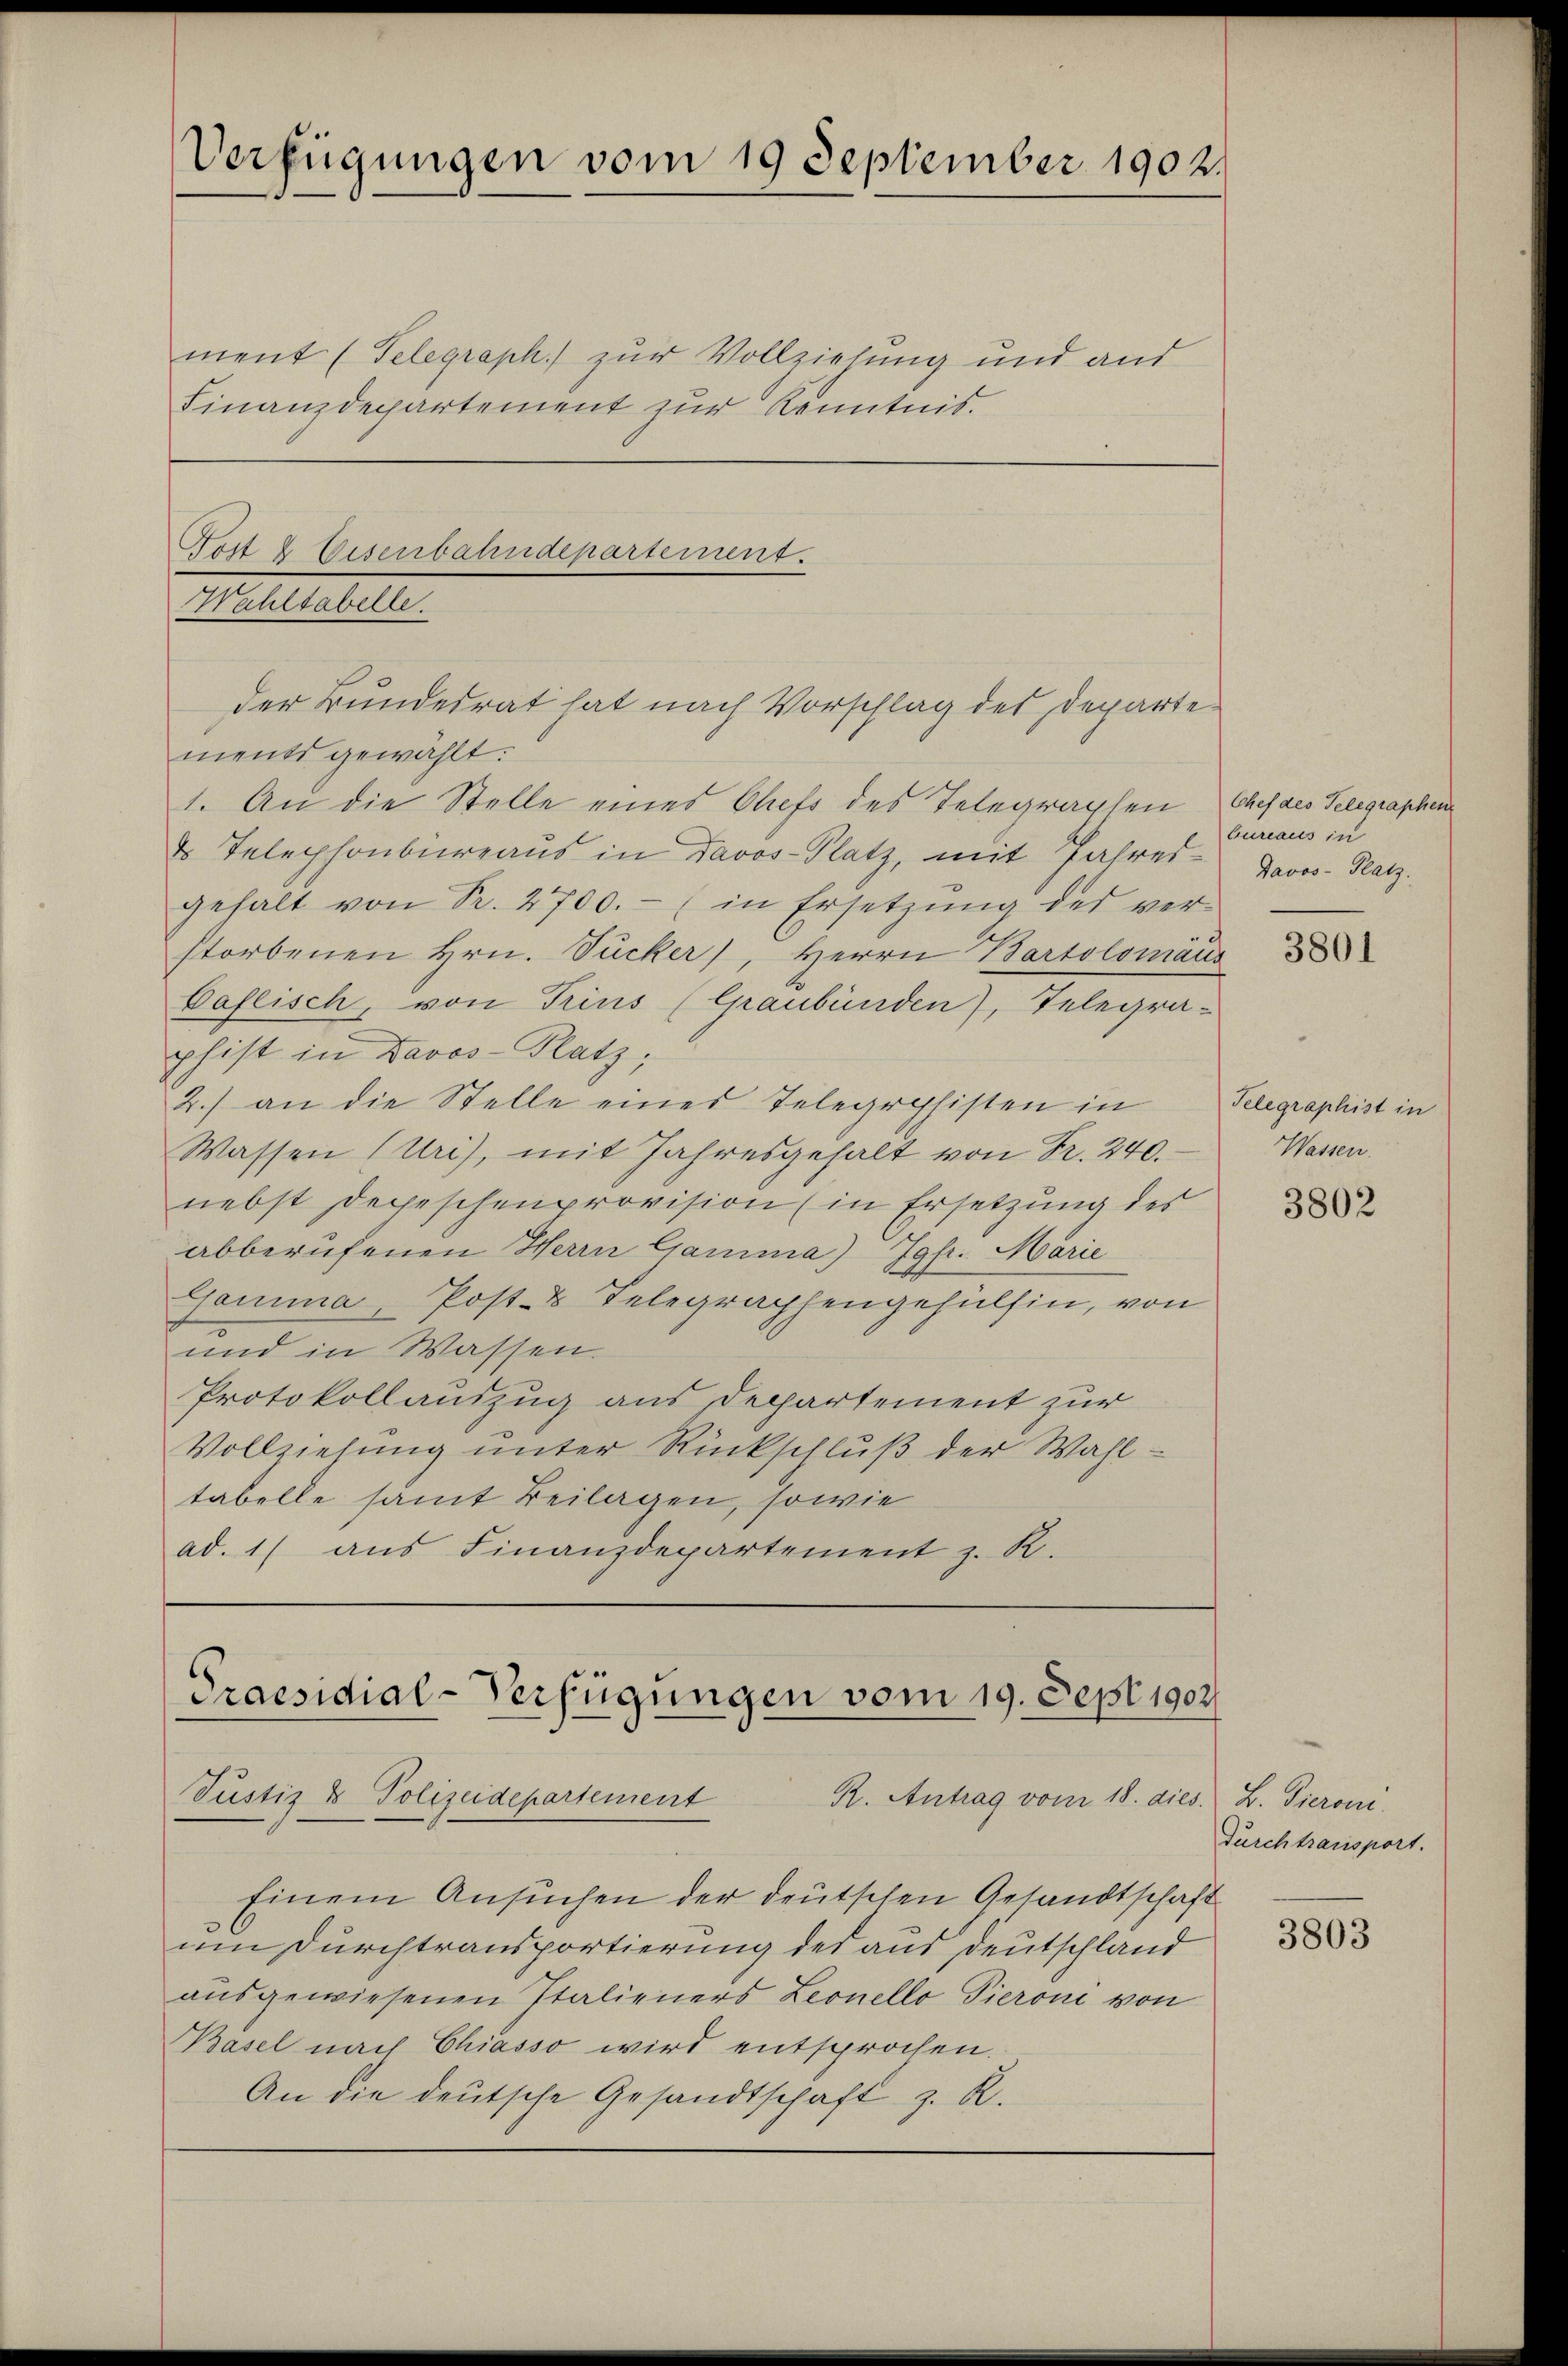
Verfügungen vom 19 September 1902.

ment (Telegraph zur Vollziehung und and
Finanzdepartement zur Kenntnis.

Post & Eisenbahndepartement.
Wahltabelle.
der Bundesrat hat nach Vorschlag des Departe

ments gewählt:
1. An die Stelle eines Chefs des Telegraphen
 Telephonbureaus in Davos- Platz, mit Jahres Davos- Platz.
gehalt von Fr. 2700.- (in Ersetzŭng des ver-
storbenen Hrn. Sucker, Herrn Bartolomäus
Daflisch, von Trins (Graubünden), Telegra-
phist in Davos- Platz,
2.) an die Stelle einer Telegraphisten in
Wassen (Uri), mit Jahresgehalt von Fr. 240.
nebst Depeschenprovision (in Ersetzung des
abberufenen Herrn Gramma) Jgfr. Marie
Gamma, Post-8 Telegraphengehülfen, von
und in Wassen.
Protokollauszug aus Departement zur
Vollziehung unter Rückschluß der Wahltabelle samt Beilagen, sowie
ad. 1) aus Finanzdepartement z. R.

Praesidial-Verfügungen vom 19. Sept. 1902.
Justiz & Polizeidepartement
R. Antrag vom 18. dies. B. Pieroni

Einem Ansuchen der deutschen Gesandtschaft
um Durchtransportierung des aus Deutschland
ausgewiesenen Italieners Leonello Pierone von
Basel nach Chiasso wird entsprochen.
An die deutsche Gesandtschaft z. R.

Chef des Telegraphen
bureaus in

3801

Telegraphist in
Wassen.

3802

durchtransport.
3803